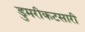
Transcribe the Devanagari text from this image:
डुमरीकटसारी